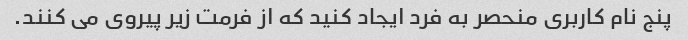
پنج نام کاربری منحصر به فرد ایجاد کنید که از فرمت زیر پیروی می کنند.